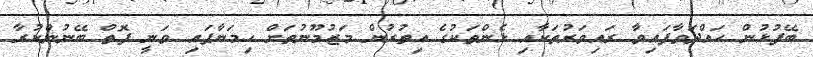
ބޭފުޅުން ހައްދަވާފައިވާ ރައިވަރުތަކާއި ޅެންތަކުގެ އިތުރުން މަޒުމޫނުތަށް ހިމަނާފައި ވަނީ ފޮތް ބޭނުންކުރާ